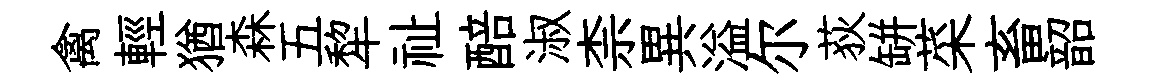
禽輕猶森五犂祉醅淑柰異溢尔荻缾菜畜韶